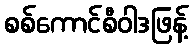
စစ်ကောင်စီဝါဒဖြန့်